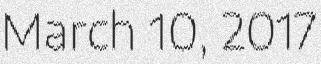
March 10, 2017